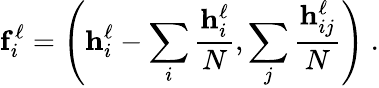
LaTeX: \mathbf f_{i}^{\ell}=\left(\mathbf h_{i}^{\ell}-\sum_{i}\frac{\mathbf h_{i}^{\ell}}N,\sum_{j}\frac{\mathbf h_{ij}^{\ell}}N\right)\ .